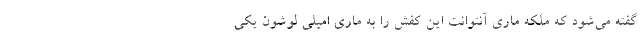
گفته می‌شود که ملکه ماری آنتوانت این کفش را به ماری امیلی لوشوَن یکی